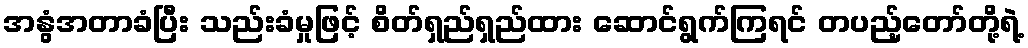
အနွံအတာခံပြီး သည်းခံမှုဖြင့် စိတ်ရှည်ရှည်ထား ဆောင်ရွက်ကြရင် တပည့်တော်တို့ရဲ့